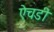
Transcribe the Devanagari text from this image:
ऐचडी